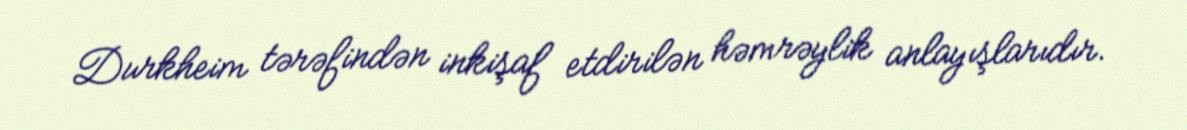
Durkheim tərəfindən inkişaf etdirilən həmrəylik anlayışlarıdır.